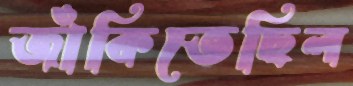
জাঁকিতেছিল